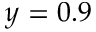
y = 0 . 9